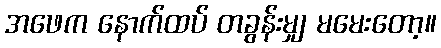
အဖေက နောက်ထပ် တခွန်းမျှ မမေးတော့။